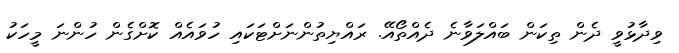
ވިދާޅުވީ ދެން ތިކަން ބައްލަވާނެ ދެއްތޯއޭ. ރައްޔިތުންނަށްޓަކައި ހުވައެއް ކޮށްގެން ހުންނަ މީހަކު